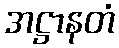
အဋ္ဌာနတံ